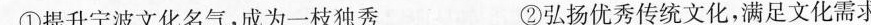
①提升宁波文化名气，成为一枝独秀 ②弘扬优秀传统文化，满足文化需求